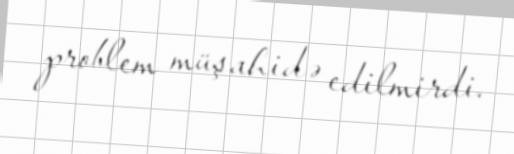
problem müşahidə edilmirdi.